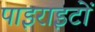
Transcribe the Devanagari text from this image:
पाइराइटों